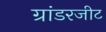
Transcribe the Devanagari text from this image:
ग्रांडरजीट